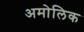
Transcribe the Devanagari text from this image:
अमोलिक